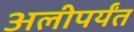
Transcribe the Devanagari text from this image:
अलीपर्यंत